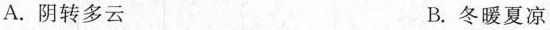
A.阴转多云 B.冬暖夏凉